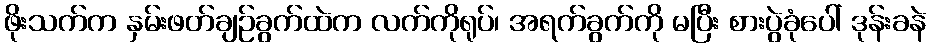
ဖိုးသက်က နှမ်းဖတ်ချဉ်ခွက်ထဲက လက်ကိုရုပ်၊ အရက်ခွက်ကို မပြီး စားပွဲခုံပေါ် ဒုန်းခနဲ